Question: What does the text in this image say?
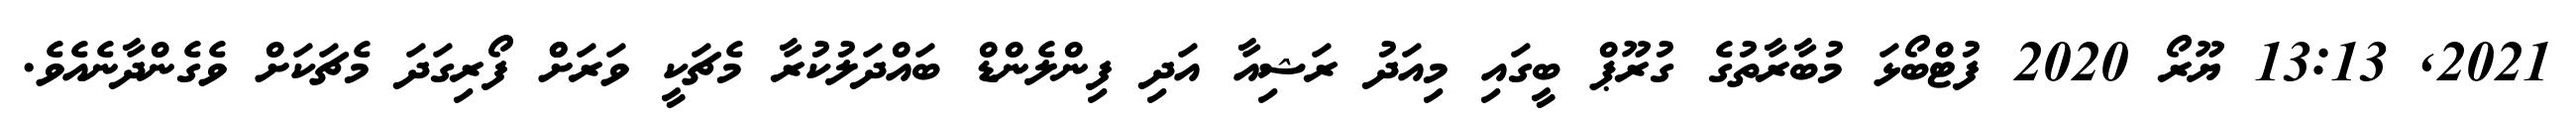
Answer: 2021, 13:13 ޔޫރޯ 2020 ފުޓްބޯޅަ މުބާރާތުގެ ގުރޫޕް ބީގައި މިއަދު ރަޝިއާ އަދި ފިންލެންޑް ބައްދަލުކުރާ މެޗަކީ ވަރަށްް ފޯރިގަދަ މެޗަކަށް ވެގެންދާނެއެވެ.